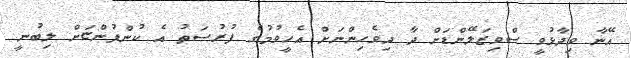
އޭނާ ވިދާޅުވީ ސްވިޒަލޭންޑަށް ދާ ދިވެހިންނަށް އެހީވުމުގެ ފުރުސަތު އެ ކުންފުންޏަށް ލިބުނީ